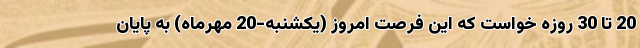
20 تا 30 روزه خواست که این فرصت امروز (یکشنبه-20 مهرماه) به پایان